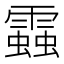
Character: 𧓑